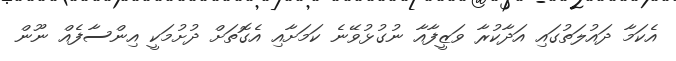
އެކަމާ ދައުލަތުގައި އަދާކުރާ ވަޒީފާއާ ނުގުޅުވޭނެ ކަމަށާއި އެގޮތަށް ދުށުމަކީ އިންސާފެއް ނޫން